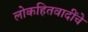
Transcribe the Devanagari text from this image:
लोकहितवादींचे